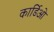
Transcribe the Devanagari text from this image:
कार्डिओ